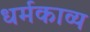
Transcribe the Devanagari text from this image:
धर्मकाव्य